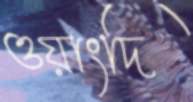
ওয়াংদি